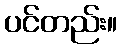
ပင်တည်း။